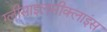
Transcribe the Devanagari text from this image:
ग्लीसाइलसीक्लाइंस